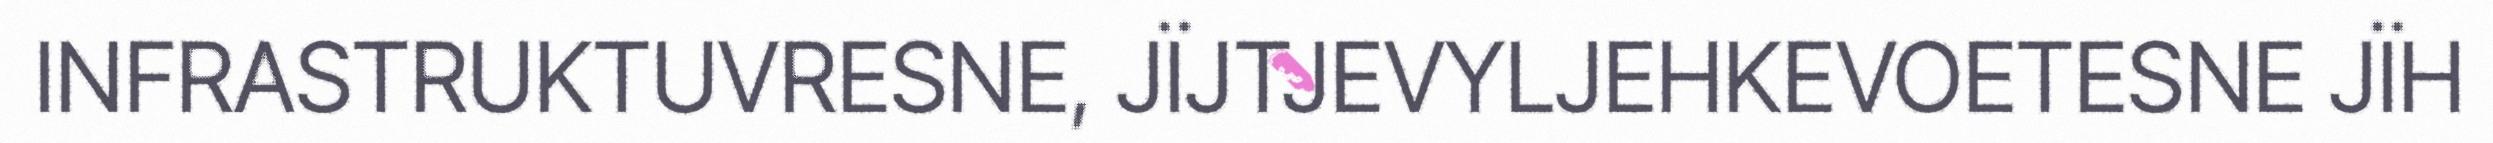
INFRASTRUKTUVRESNE, JÏJTJEVYLJEHKEVOETESNE JÏH